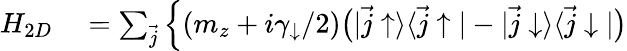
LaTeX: \begin{array}{rl}{H_{2D}}&{{}=\sum_{\vec{j}}\Big\{ (m_{z}+i\gamma_{\downarrow}/2)\bigr(|\vec{j}\uparrow\rangle\langle\vec{j}\uparrow|-|\vec{j}\downarrow\rangle\langle\vec{j}\downarrow|\bigr)}\end{array}